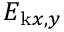
E _ { \mathrm { k } x , y }